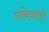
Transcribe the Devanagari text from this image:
लंबेवाली